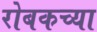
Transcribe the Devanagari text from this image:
रोबकच्या